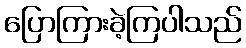
ပြောကြားခဲ့ကြပါသည်